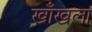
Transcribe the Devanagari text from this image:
खाँखला